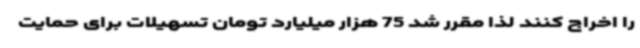
را اخراج کنند لذا مقرر شد 75 هزار میلیارد تومان تسهیلات برای حمایت